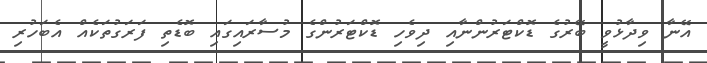
އޭނާ ވިދާޅުވީ ބޭރުގެ ޑޮކްޓަރުންނާއި ދިވެހި ޑޮކްޓަރުންގެ މުސާރައިގައި ބޮޑެތި ފަރަގުތަކެއް އެބަހުރި